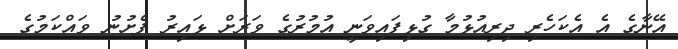
އޭނާގެ އެ އެކަހެރި ދިރިއުޅުމާ ގުޅިފައިވަނީ އުމުރުގެ ވަރަށް ޅައިރު ފެށުނު ވައްކަމުގެ